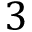
3